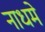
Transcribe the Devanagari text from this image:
नाधमे